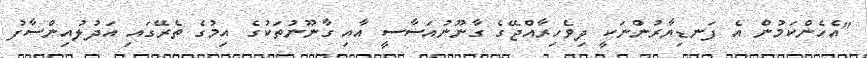
"އެހެންކަމުން އެ ފަނޑިޔާރުންނަކީ ދިވެހިރާއްޖޭގެ ގާނޫނުއަސާސީ އާއި ގާނޫނުތަކުގެ އިމުގެ ތެރޭގައި އަދުލުއިންސާފު